system: You are a helpful assistant.
user:
Analyze the provided spectrum to determine if it is a **Carbon Star (C-type)**.

- **Key Visual Indicators of Carbon Star:**
    - **(Primary):** Strong molecular absorption from **C₂ (diatomic carbon) "Swan Bands."** This is the **defining feature** of a carbon star.
        - **(Key Bandheads):** Sharp absorption edges are visible at approximately $5635$ Å, $5165$ Å (the strongest band), and $4737$ Å.
        - **(Line Profile):** Creates a distinct **"saw-tooth"** pattern. The key morphology is a sharp, steep bandhead on the **red (long-wavelength) side**, which then gradually tapers off (i.e., flux recovers) towards the **blue (short-wavelength) side**. *(This is the direct opposite of the TiO bands seen in M-type stars)*.

    - **(Secondary):** Intense **CN (cyanogen)** molecular absorption bands.
        - **(Key Bandheads):** Located in the blue and violet regions of the spectrum (e.g., near $4215$ Å and $3883$ Å).
        - **(Morphology):** These bands are extremely broad and act as a "blanket," absorbing the vast majority of blue and violet light. This creates a characteristic **"cliff"** or **"steep drop-off"** in the spectrum's flux at short wavelengths.

    - **(Key Confirmation):** Strong **CH absorption band (G-band)**.
        - **(Key Bandhead):** Located around $4300$ Å. The contribution from CH molecules to this band is exceptionally strong.

    - **(Overall Spectrum):**
        - The continuum is severely "chopped up" by these deep molecular bands, especially C₂, rather than appearing as a smooth curve.
        - Due to the heavy CN and C₂ absorption in the blue-green, the vast majority of the star's flux is concentrated in the red part of the spectrum, giving the star its characteristic deep red color.

Think first, call **spectral_visualization_tool** if needed to examine features in detail, then provide your final answer. Your response must adhere to the following strict rules:
1.  **Overall Structure:** Your response must follow the format `<think>...</think> <tool_call>...</tool_call> (if a tool is used) <answer>...</answer>`.
2.  **Tool Usage Constraint:** You may only make **one** tool call per turn.
3.  **Final Answer Format:** In the `<answer>` tag, your conclusion must be inside a `\boxed{}` command (e.g., `\boxed{YES}`), followed by your justification.

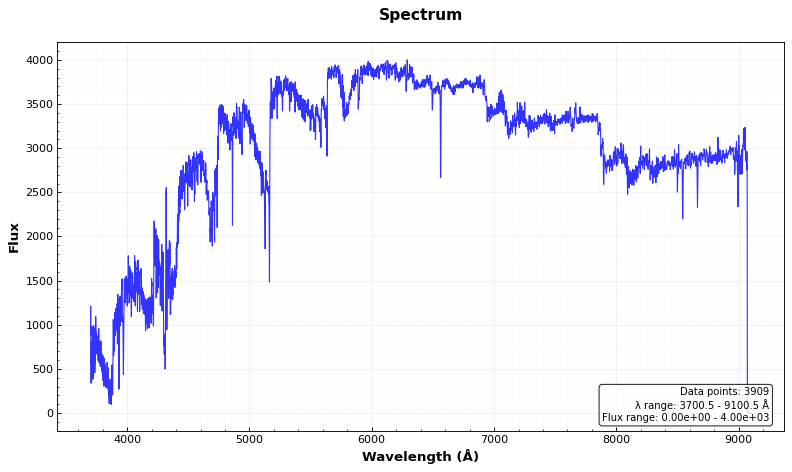
Answer: YES